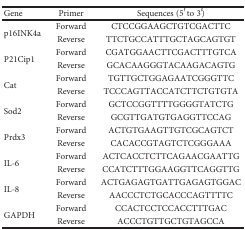
<table><thead><tr><td><b>Gene</b></td><td><b>Primer</b></td><td><b>Sequences (5′ to 3′)</b></td></tr></thead><tbody><tr><td rowspan="2">p16INK4a</td><td>Forward</td><td>CTCCGGAAGCTGTCGACTTC</td></tr><tr><td>Reverse</td><td>TTCTGCCATTTGCTAGCAGTGT</td></tr><tr><td rowspan="2">P21Cip1</td><td>Forward</td><td>CGATGGAACTTCGACTTTGTCA</td></tr><tr><td>Reverse</td><td>GCACAAGGGTACAAGACAGTG</td></tr><tr><td rowspan="2">Cat</td><td>Forward</td><td>TGTTGCTGGAGAATCGGGTTC</td></tr><tr><td>Reverse</td><td>TCCCAGTTACCATCTTCTGTGTA</td></tr><tr><td rowspan="2">Sod2</td><td>Forward</td><td>GCTCCGGTTTTGGGGTATCTG</td></tr><tr><td>Reverse</td><td>GCGTTGATGTGAGGTTCCAG</td></tr><tr><td rowspan="2">Prdx3</td><td>Forward</td><td>ACTGTGAAGTTGTCGCAGTCT</td></tr><tr><td>Reverse</td><td>CACACCGTAGTCTCGGGAAA</td></tr><tr><td rowspan="2">IL-6</td><td>Forward</td><td>ACTCACCTCTTCAGAACGAATTG</td></tr><tr><td>Reverse</td><td>CCATCTTTGGAAGGTTCAGGTTG</td></tr><tr><td rowspan="2">IL-8</td><td>Forward</td><td>ACTGAGAGTGATTGAGAGTGGAC</td></tr><tr><td>Reverse</td><td>AACCCTCTGCACCCAGTTTTC</td></tr><tr><td rowspan="2">GAPDH</td><td>Forward</td><td>CCACTCCTCCACCTTTGAC</td></tr><tr><td>Reverse</td><td>ACCCTGTTGCTGTAGCCA</td></tr></tbody></table>